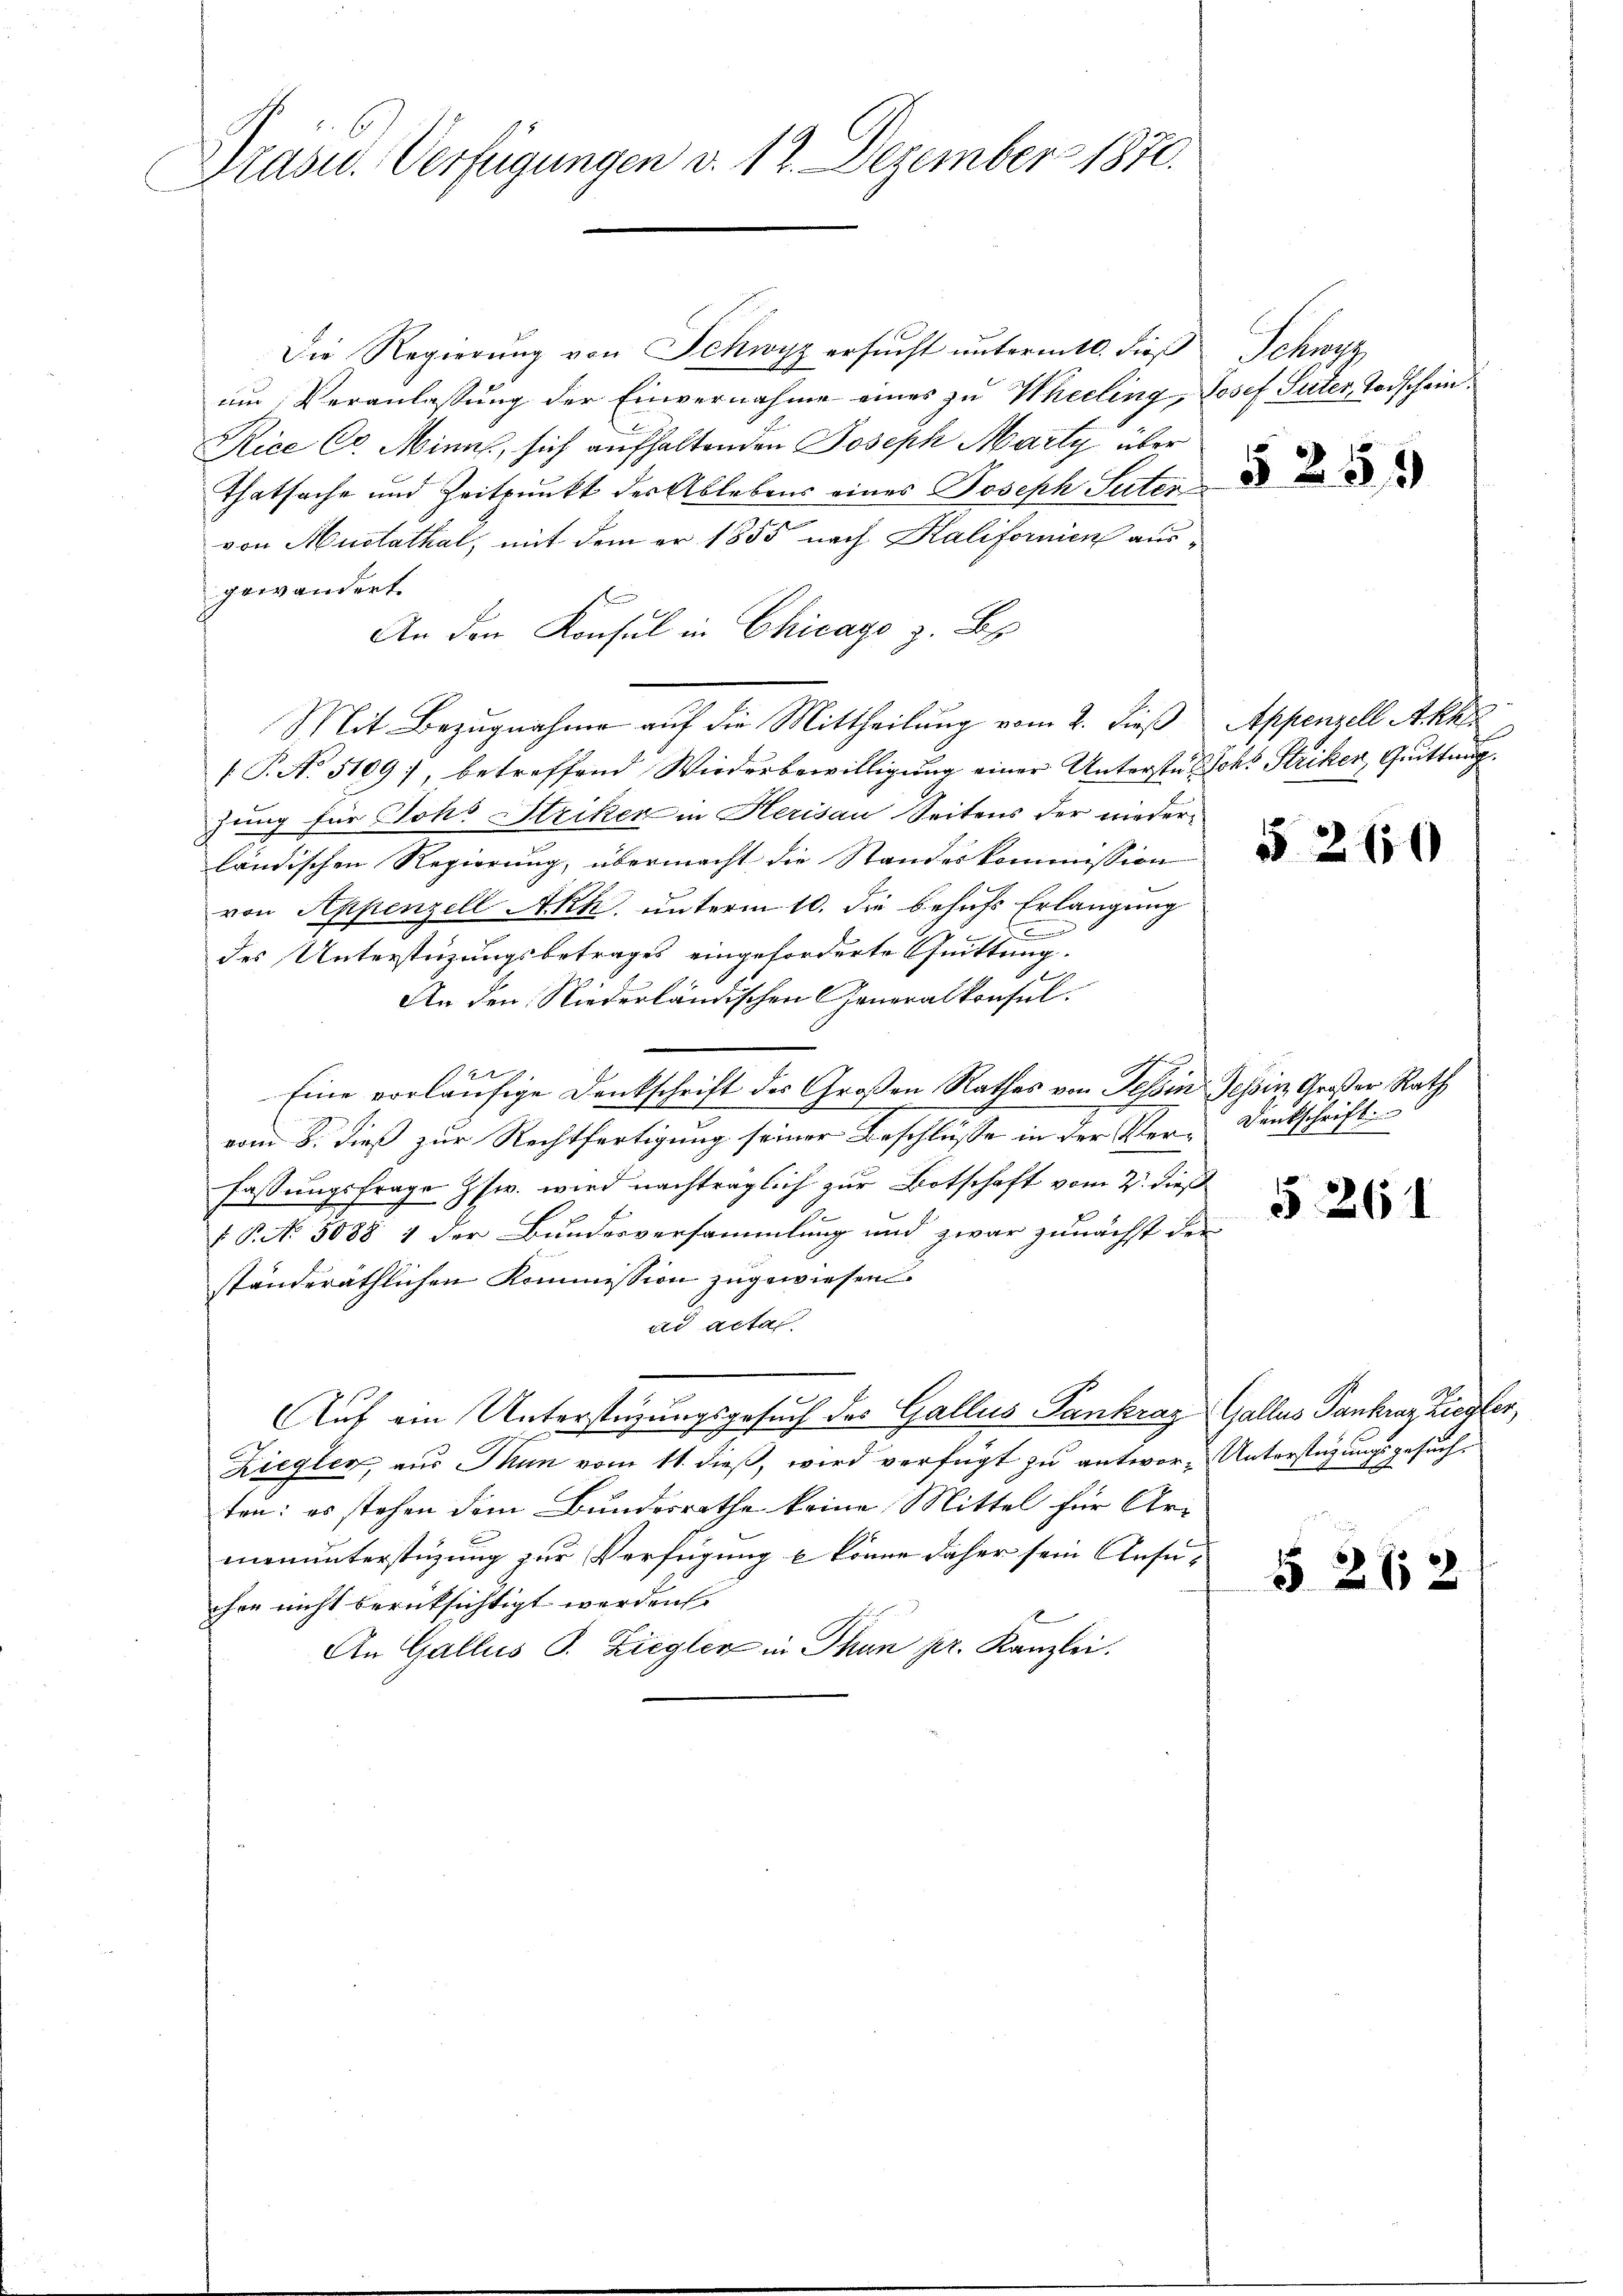
Präsid. Verfügungen d. 12. Dezember 1870.

Die Regierŭng von Schwyz ersŭcht ŭntermtl. dieβ Schwyz
um Veranlassung der Einvernahme eines zu Wheeling, Josef Suter Todschein¬
Rice C. Minns, sich aufhaltenden Joseph Marty über
Thatsache und Zeitpunkt der Ablebens eines Joseph Seiten
von Mustathal, mit dem er 1855 nach Kalifornien ausgewändert.
An den Konsul in Chicago z. B.
Mit Bezugnahme auf die Mittheilung vom 2. dieß Appenzell Akte
/T. N. 5109), betreffend Wiederbewilligung einer Unterstütschs Striken, Quittung
zung für Joh. Striken in Herisau Seitens der niederländischen Regierung, übermacht die Standeskommission d
von Appenzell AAkk. unterm 10. die behufs Erlangung
d
des Unterstüzungsbetrages eingeforderte Quittung.
en
An den Niederländischen Generalkonsul
4
Eine vorläufige Denkschrift des Großen Rathes von Tessin Tessin Großer Rath

vom 8. dieß zur Rechtfertigung seiner Beschlüsse in der Ver-Denkschrift
fassungsfrage Zsw. wird nachträglich zur Botschaft vom 2. dieß
§ P. No 5088 1 der Bundesversammlung und zwar zunächst der
ständeräthlichen Kommission zugewiesen.
d Acta
Auf ein Unterstüzungsgesuch des Gallus Pankraz Gallus Sankraz Ziegler,
Ziegler, aus Thun vom 11. dieß, wird verfügt zu antwor-Unterstüzungsgesuchten: es stehen dem Bundesrathe keine Mittel für Armenunterstüzung zur Verfügung u. könne daher sein Ansuchen nicht berücksichtigt werden.
An Gallus S. Ziegler in Thun pr. Kanzlei.

5261

§ 212